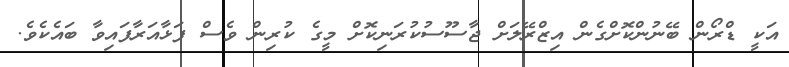
އަކީ ޑްރޯން ބޭނުންކޮށްގެން އިޒްރޭލަށް ޖާސޫސުކުރަނިކޮށް މީގެ ކުރިން ވެސް ފަޅާއަރާފައިވާ ބައެކެވެ.